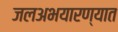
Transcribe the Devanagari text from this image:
जलअभयारण्यात